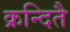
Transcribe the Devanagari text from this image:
क्रन्दितै